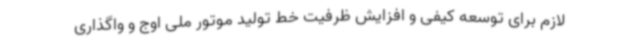
لازم برای توسعه کیفی و افزایش ظرفیت خط تولید موتور ملی اوج و واگذاری